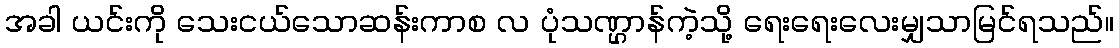
အခါ ယင်းကို သေးငယ်သောဆန်းကာစ လ ပုံသဏ္ဌာန်ကဲ့သို့ ရေးရေးလေးမျှသာမြင်ရသည်။